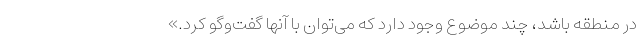
در منطقه باشد، چند موضوع وجود دارد که می‌توان با آنها گفت‌وگو کرد.»